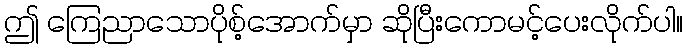
ဤ ကြေညာသောပိုစ့်အောက်မှာ ဆိုပြီးကောမင့်ပေးလိုက်ပါ။